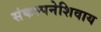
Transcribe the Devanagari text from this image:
संकल्पनेशिवाय